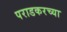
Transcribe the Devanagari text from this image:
पराडकरच्या